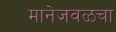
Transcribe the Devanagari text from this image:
मानेजवळचा